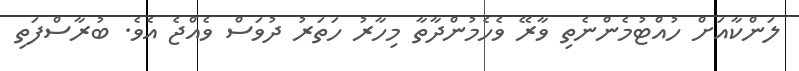
ލަންކާއަށް ހުއްޓުމެންނެތި ވާރޭ ވެހެމުންދާތާ މިހާރު ހަތަރު ދުވަސް ވެއްޖެ އެވެ. ބުރާސްފަތި